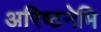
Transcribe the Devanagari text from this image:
अरिष्ठनेमि